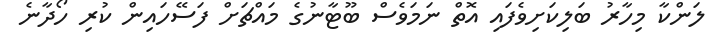
ލަންކާ މިހާރު ބަލިކަށިވެފައި އޮތް ނަމަވެސް ބޫޓާނުގެ މައްޗަށް ފަސޭހައިން ކުރި ހޯދާނެ